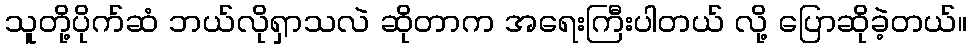
သူတို့ပိုက်ဆံ ဘယ်လိုရှာသလဲ ဆိုတာက အရေးကြီးပါတယ် လို့ ပြောဆိုခဲ့တယ်။